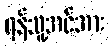
ရန်သူ့အင်အား